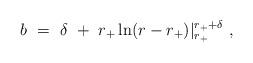
LaTeX: \begin{align*}b~=~\delta~+~r_+\ln(r-r_+)|_{r_+}^{r_+ + \delta}~,\end{align*}